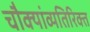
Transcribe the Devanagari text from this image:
चौक्यांव्यतिरिक्त